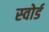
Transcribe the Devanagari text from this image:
स्‍वोर्ड